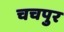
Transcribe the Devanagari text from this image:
चचपुर